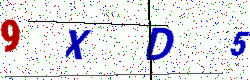
Text: 9XD5